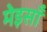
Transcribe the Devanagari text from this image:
मेइसाँ